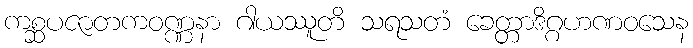
ကစ္ဆပဇာတကဝဏ္ဏနာ ဂါယဿူတိ သရသတံ ခေတ္တာဒိဂ္ဂဟဏဝသေန